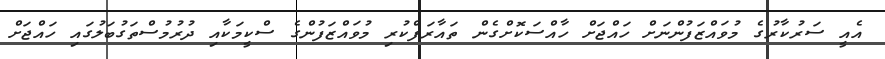
އެއީ ސަރުކާރުގެ މުވައްޒަފުންނަށް ހައްޖަށް ހާއްސަކޮށްގެން ތައާރަފްކުރި މުވައްޒަފުންގެ ސްކީމަކާއި ދުރުމުސްތަގުބަލުގައި ހައްޖަށް